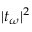
| t _ { \omega } | ^ { 2 }